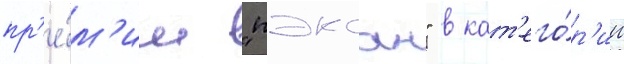
пр'е́м'ии "пэксан" в кат'его́р'ии